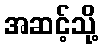
အဆင့်သို့